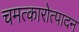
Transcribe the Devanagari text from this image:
चमत्कारोत्पादन